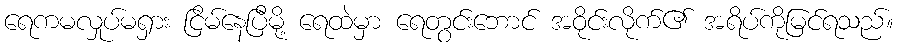
ရေကမလှုပ်မရှား ငြိမ်နေပြီမို့ ရေထဲမှာ ရေတွင်းဘောင် အဝိုင်းလိုက်၏ အရိပ်ကိုမြင်ရသည်။